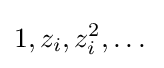
1,z_{i},z_{i}^{2},\dots